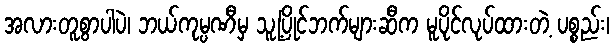
အလားတူစွာပါပဲ၊ ဘယ်ကုမ္ပဏီမှ သူ့ပြိုင်ဘက်များဆီက မူပိုင်လုပ်ထားတဲ့ ပစ္စည်း၊